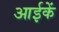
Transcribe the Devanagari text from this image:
आईकें